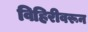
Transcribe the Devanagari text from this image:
विहिरीवरून